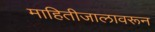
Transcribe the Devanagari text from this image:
माहितीजालावरून